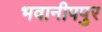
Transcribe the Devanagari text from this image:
भवानीपपुर